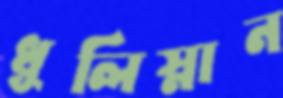
ধূলিস্নান